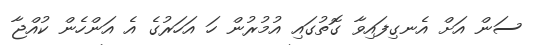
ސަން އަށް އެނގިފައިވާ ގޮތުގައި އުމުރުން ހަ އަހަރުގެ އެ އަންހެން ކުއްޖާ